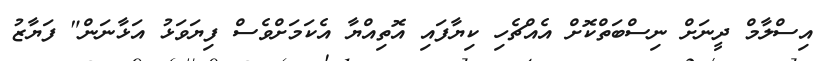
އިސްލާމް ދީނަށް ނިސްބަތްކޮށް އެއްޗެހި ކިޔާފައި އޮތިއްޔާ އެކަމަށްވެސް ފިޔަވަޅު އަޅާނަން" ފަޔާޒު